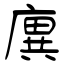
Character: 廙